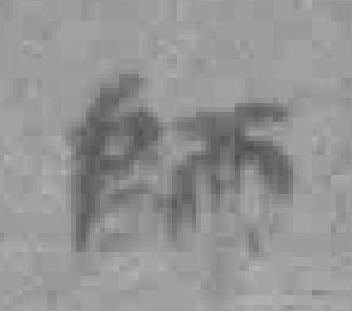
師